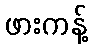
ဖားကန့်